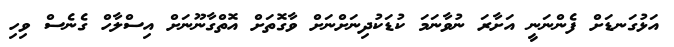
އަޅުގަނޑަށް ފެންނަނީ އަށާރަ ނުވާނަމަ ކުޑަކުދިނަށްނަށް ވާގޮތަށް އޮތްގާނޫނަށް އިސްލާހް ގެނެސް ވިހި